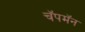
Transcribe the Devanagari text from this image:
चॅपमॅन